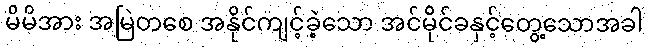
မိမိအား အမြဲတစေ အနိုင်ကျင့်ခဲ့သော အင်မိုင်ခနှင့်တွေ့သောအခါ